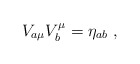
\begin{align*}V_{a\mu}V_{b}^{\mu}=\eta _{ab}~,\end{align*}